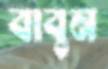
বাবুন